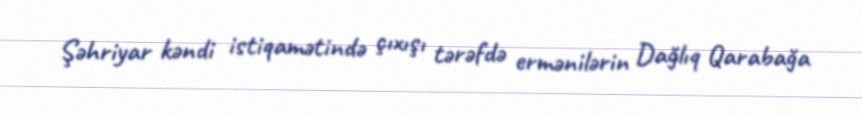
Şəhriyar kəndi istiqamətində çıxışı tərəfdə ermənilərin Dağlıq Qarabağa